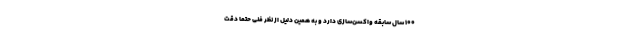
۱۰۰ سال سابقه واکسن‌سازی دارد و به همین دلیل از نظر فنی حتما دقت